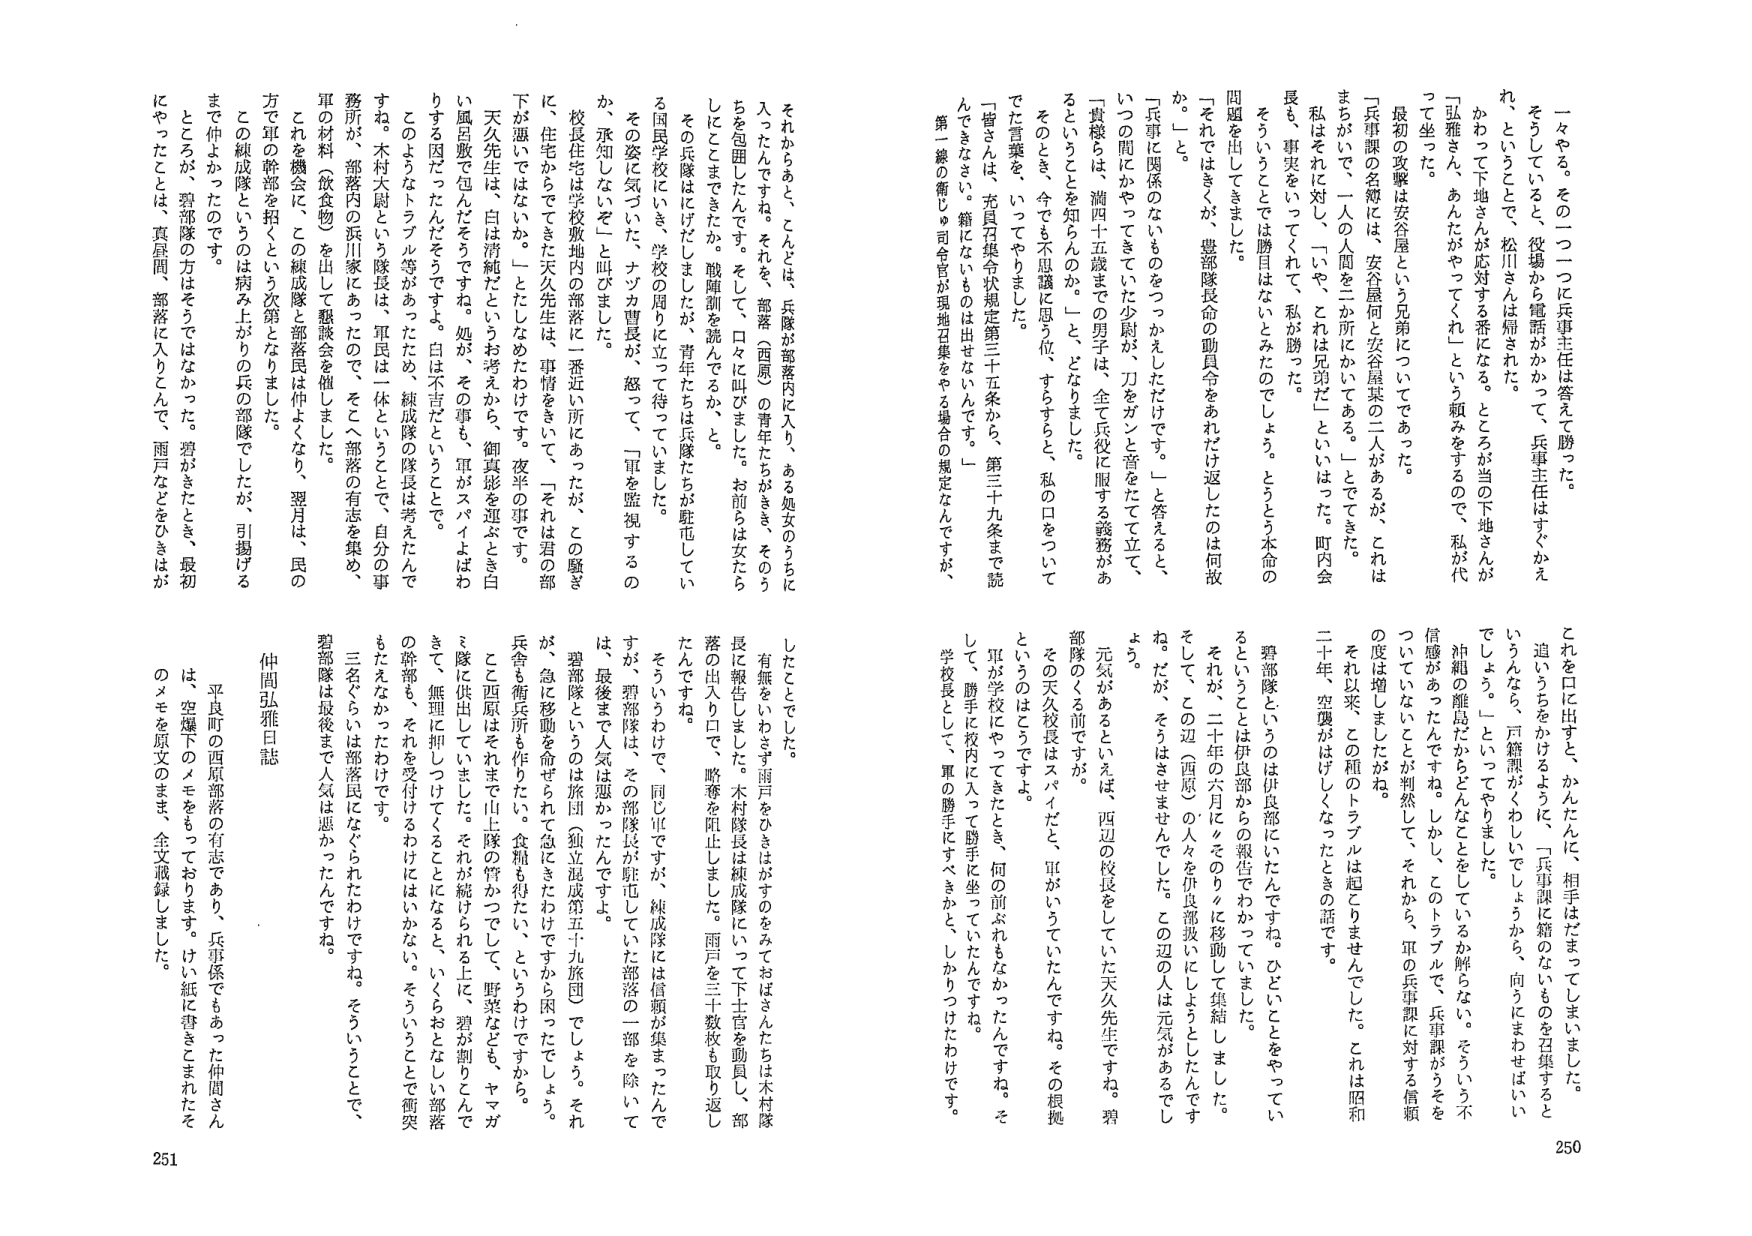
一々やる。その一つ一つに兵事主任は答えて勝った。
そうしていると、役場から電話がかかって、兵事主任はすっかえれ、というこて、松川さんは帰された。
かわって下地さんが応対する番になる。ところが当の下地さんが「弘雅さん、あんたがやってくれ」という頼みをするので、私が代って坐った。
最初の攻撃は安谷屋という兄弟についてであった。
「兵事課の名簿には、安谷屋何と安谷屋某の二人があるが、これはまちがいで、一人の人間を二か所にかいてある。」とててきた。
私はそれに対して、「いや、それは兄弟だ」といいはった。町内会長も、事実をいってくれて、私が勝った。
そういうことでは勝目はないと思ったでしょう。とうとう本命の問題を出してきました。
「それはさくが、豊部隊長命の動員令をあれだけ返したのは何故か。」
「兵事に関係のないものをつかえしただけです。」と答えると、
いつの間にかやってきていた少尉が、刀をガンと菅をたてて立て、「貴様らは、満四十五歳までの男子は、全て兵役に服する義務があるということを知らんのか。」と、どなりました。
そのとき、今でも不思議に思う位、すらすらと、私の口をついてでた言葉を、
「皆さんは、元良召集令状規定第三十五条から、第三十九条まで読んできなさい。籍にないものは出せないんです。」
第一線の衛じゅ司官官が現地召集をやる場合の規定なんですが、

それからあと、こんどは、兵隊が部隊内に入り、ある処女のうちに入れたですね。それを、部隊（西原）の青年たちがきき、そのうちを包囲したんですよ。そして、口々に叫びました。お前らは女らしにとこまできたか。戦陣訓を読んでもか、と。
その兵隊はにげだしましたが、青年たちは兵隊たちが駐屯している国民学校にいき、学校の周りに立って待っています。
その姿に気づいた、ナツカ曹長が、怒って、「軍を監視するのか。承知しないぞ」と叫びました。
校長住宅は学校敷地内の部落に一番近い所にあったが、この騒ぎに、住宅からでてきた天久先生は、事情をきいて、「それは君の部下が悪いではないか。」とたしなめたわけです。夜半の事です。
天久先生は、白は清純だというお考えから、御真影を運ぶとき白い風呂敷で包んだそうですよね。処が、その事も、軍がスパイよばわりする因だったんだそうですよ。白は不吉だということです。
このようなトラブル等があったため、練成隊の隊長は考えたんですね。木村大尉という隊長は、軍民を一体ということで、自分の事務所が、部落内の浜川家にあったので、そこへ部落の有志を集め、軍の材料（飲食物）を出して懇談会を催しました。
これを機会に、この練成隊と部落民は仲よくなり、翌月は、民の方で軍の幹部を招くという次第となりました。
この練成隊というのは病み上がりの兵の部隊でしたが、引揚げるまで仲よかったのです。
ところが、碧部隊の方はそうではなかった。碧がきたとき、最初にやったことは、真昼間、部落に入りこんで、雨戸などをひきはが

これを口に出すと、かんたんに、相手はだまってしまいました。
追いうちをかけるように、「兵事課に籍のないものを召集するというんなら、戸籍課がくわしいでしょうから、向うにまわせばいいでしょう。」といってやりました。
沖縄の離島だからどんなことをしているか解らない。そういう不信感があったんですね。しかし、このトラブルで、兵事課がうそをついていないことが判然して、それから、軍の兵事課に対する信頼の度は増しましたね。
それ以来、この種のトラブルは起こりませんでした。これは昭和二十年、空襲がはげしくなったときの話です。
碧部隊というのは伊良部にいたんですね。ひどいことをやってい るというときは伊良部からの報告でわかっていました。
それが、二十年の六月に々々のりくに移動して集結しました。そして、この辺（西原）の人々を伊良部扱いにしようとしたんです ね。だが、そうはさせませんでした。この辺の人は元気があるでし よう。
元気があるといえば、西辺の校長をしていた天久先生ですね。碧部隊のくる前ですが、
その天久校長はスパイだと、軍がいっていたんですね。その根拠というのはこうです。
軍が学校にやってきたとき、何の前ぶれもなかったんですね。そして、勝手に校内に入って勝手に坐っていたんですね。
学校長として、軍の勝手にすべきかと、しっかりたわけです。

したことでし た。
有無をいわさず雨戸をひきはがすのをみておばさんたちは木村隊長に報告しました。木村隊長は練成隊にいって下士官を動員し、部隊の出入口で、略奪を阻止しました。雨戸を三十数枚も取り返したんですね。
そういうわけで、同じ軍ですが、練成隊には信頼が集まったんですねが、碧部隊は、その部隊長が駐屯していた部落の一部を除いては、最後まで人気は悪かったです。
碧部隊というのは旅団（独立混成第五十九旅団）でしょう。それが、急に移動を命ぜられて急にきたわけですから困ったでしょう。兵舎も衛兵所も作りたい。食糧も得たい、というわけですから。
ここ西原はそれまで山上隊の管かつでして、野菜なども、ヤマガミ隊に供出していました。それが続かれる上に、碧が割りこんできて、無理に押しつけてくることになると、いくらおとなしい部落の幹部も、それを受付けず、おけにはいかない。そういうことで衝突もたえなかったわけです。
三名ぐらいは部落民になぐられたわけです。そういうことで、碧部隊は最後まで人気は悪かったんですね。

仲間弘雅日誌
は、平良町の西原部落の有志であり、兵事係でもあった仲間さんは、空爆下のメモをもっておりまます。けい紙に書きこまれたそのメモを原文のまま、全文収録しました。

250
251